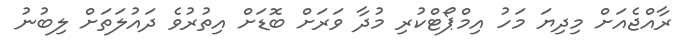
ރާއްޖެއަށް މިދިޔަ މަހު އިމްޕޯޓްކުރި މުދާ ވަރަށް ބޮޑަށް އިތުރުވެ ދައުލަަތަށް ލިބުނު